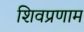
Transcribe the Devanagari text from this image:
शिवप्रणाम